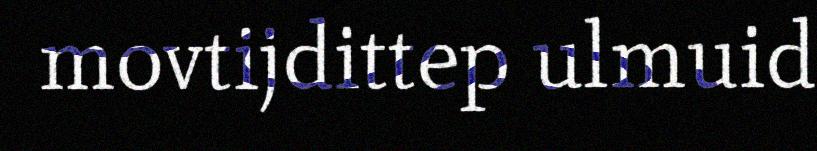
movtijdittep ulmuid